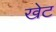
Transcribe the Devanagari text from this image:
खेट